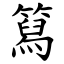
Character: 䉣